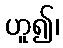
ဟူ၍၊